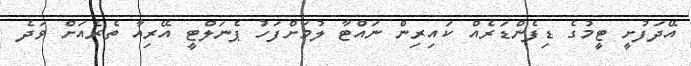
އޭދަފުށީ ޓީމުގެ ޑިފެންޑަރެއް ކައިރިން ނައްޓާ ލުމަށްފަހު ޕެނަލްޓީ އޭރިއާ ތެރެއަށް ވަދެ